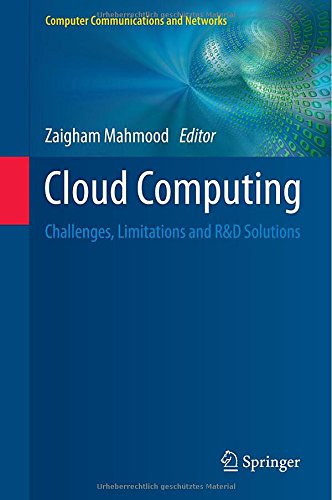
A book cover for Cloud Computing: Challenges, Limitations and R&D Solutions (Computer Communications and Networks); Computers & Technology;